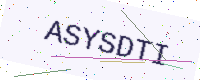
Text: ASYSDTI